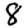
Digit: 8